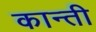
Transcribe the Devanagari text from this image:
कान्ती